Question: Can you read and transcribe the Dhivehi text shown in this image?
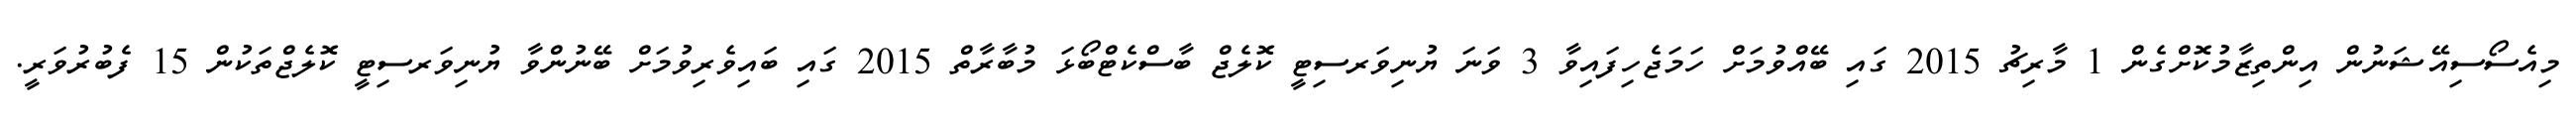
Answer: މިއެސޯސިއޭޝަނުން އިންތިޒާމުކޮށްގެން 1 މާރިޗު 2015 ގައި ބޭއްވުމަށް ހަމަޖެހިފައިވާ 3 ވަނަ ޔުނިވަރސިޓީ ކޮލެޖް ބާސްކެޓްބޯޅަ މުބާރާތް 2015 ގައި ބައިވެރިވުމަށް ބޭނުންވާ ޔުނިވަރސިޓީ ކޮލެޖްތަކުން 15 ފެބުރުވަރީ.